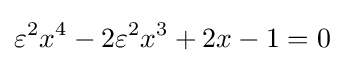
\varepsilon ^{2}x^{4}-2\varepsilon ^{2}x^{3}+2x-1=0